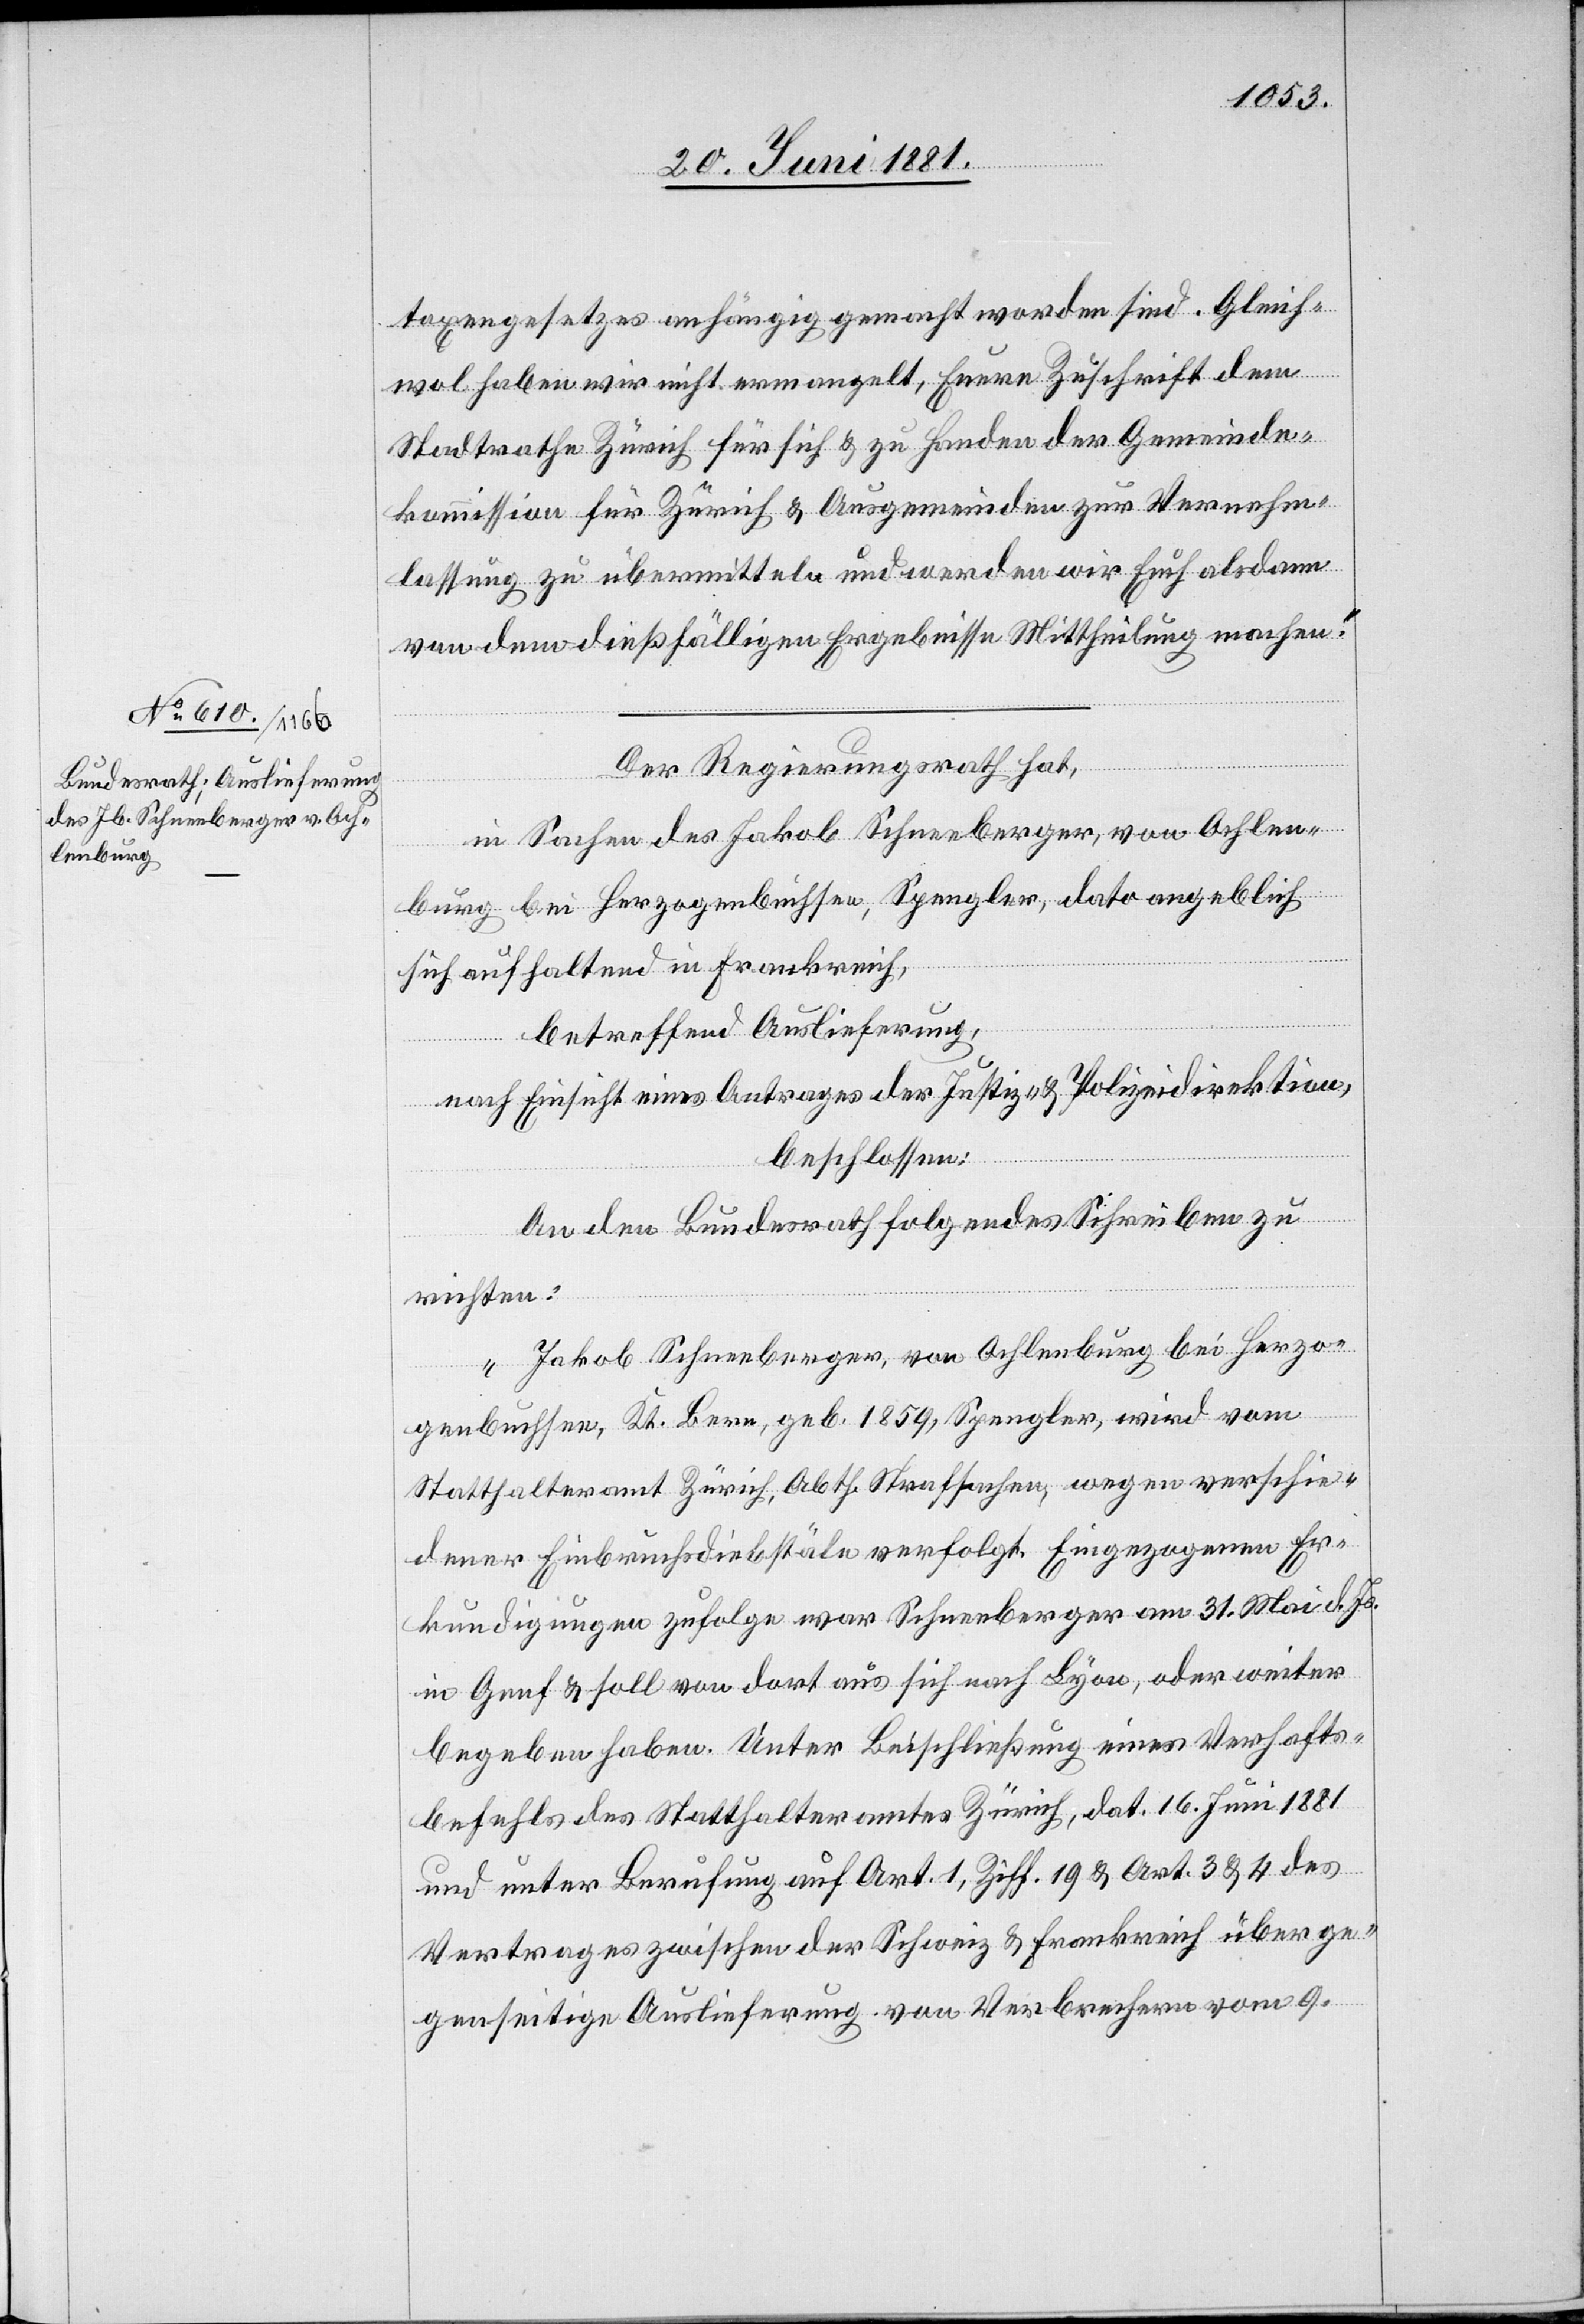
22. Juni 1881.]
taxengesetzes anhängig gemacht worden sind. Gleich
wol haben wir nicht ermangelt, Eure Zuschrift dem
Stadtrathe Zürich für sich & zu Handen der Gemeinde¬
kommission für Zürich & Ausgemeinden zur Vernehm¬
lassung zu übermitteln und werden wir Euch als dann
von dem dießfälligen Ergebnisse Mittheilung machen.“
Der Regierungsrath hat,
in Sachen des Jakob Schneeberger, von Ochlen¬
berg] bei Herzogenbuchsee, Spengler, dato angeblich
sich aufhaltend in Frankreich,
betreffend Auslieferung,
nach Einsicht eines Antrages der Justiz- & Polizeidirektion,
burg
beschlossen:
An den Bundesrath folgendes Schreiben zu
richten:
„Jakob Schneeberger, von Ochlenburg bei Herzo¬
genbuchsee, Kt. Bern, geb. 1859, Spengler, wird vom
Statthalteramt Zürich, Abth. Strafsachen, wegen verschie¬
dener Einbruchsdiebstähle verfolgt. Eingezogenen Er¬
kundigungen zufolge war Schneeberger am 31 Mai d. Js.
in Genf & soll von dort aus sich nach Lyon, oder weiter
begeben haben. Unter Beischließung eines Verhafts¬
befehls des Statthalteramtes Zürich, dat. 16. Juni 1881
und unter Berufung auf Art. 1, Ziff. 129 & Art. 3 & 4 des
Vertrages zwischen der Schweiz & Frankreich über ge¬
genseitige Auslieferung von Verbrechern vom 9.